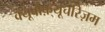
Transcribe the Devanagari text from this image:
क्यूबोफ़्यूचरिज़म